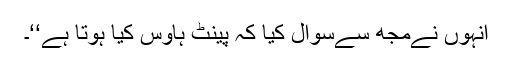
انہوں نےمجھ سےسوال کیا کہ پینٹ ہاؤس کیا ہوتا ہے‘‘۔